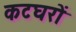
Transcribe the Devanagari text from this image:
कटघरों